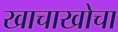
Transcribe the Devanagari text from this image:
खाचाखोचा